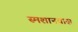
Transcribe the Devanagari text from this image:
स्मशानवास